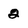
Character: 2